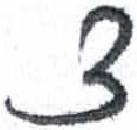
אות: צ